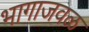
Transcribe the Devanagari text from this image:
भागाजवळ